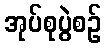
အုပ်စုပွဲစဉ်